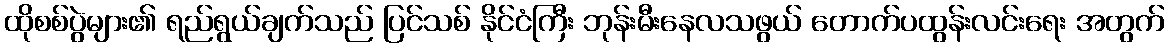
ထိုစစ်ပွဲများ၏ ရည်ရွယ်ချက်သည် ပြင်သစ် နိုင်ငံကြီး ဘုန်းမီးနေလသဖွယ် တောက်ပထွန်းလင်းရေး အတွက်